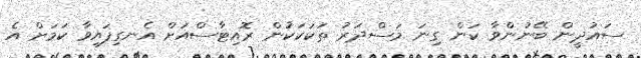
ސައުދީން ބޭނުންވާ ކަން ގިނަ މަސްދަރު ތަކަކަކުން ރޮއިޓާަސްއަށް އެނގިފައިވާ ކަަމަށް އެ